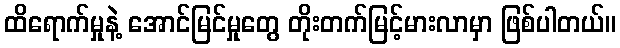
ထိရောက်မှုနဲ့ အောင်မြင်မှုတွေ တိုးတက်မြင့်မားလာမှာ ဖြစ်ပါတယ်။